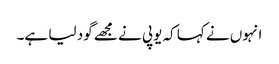
انہوں نے کہا کہ یوپی نے مجھے گود لیا ہے۔